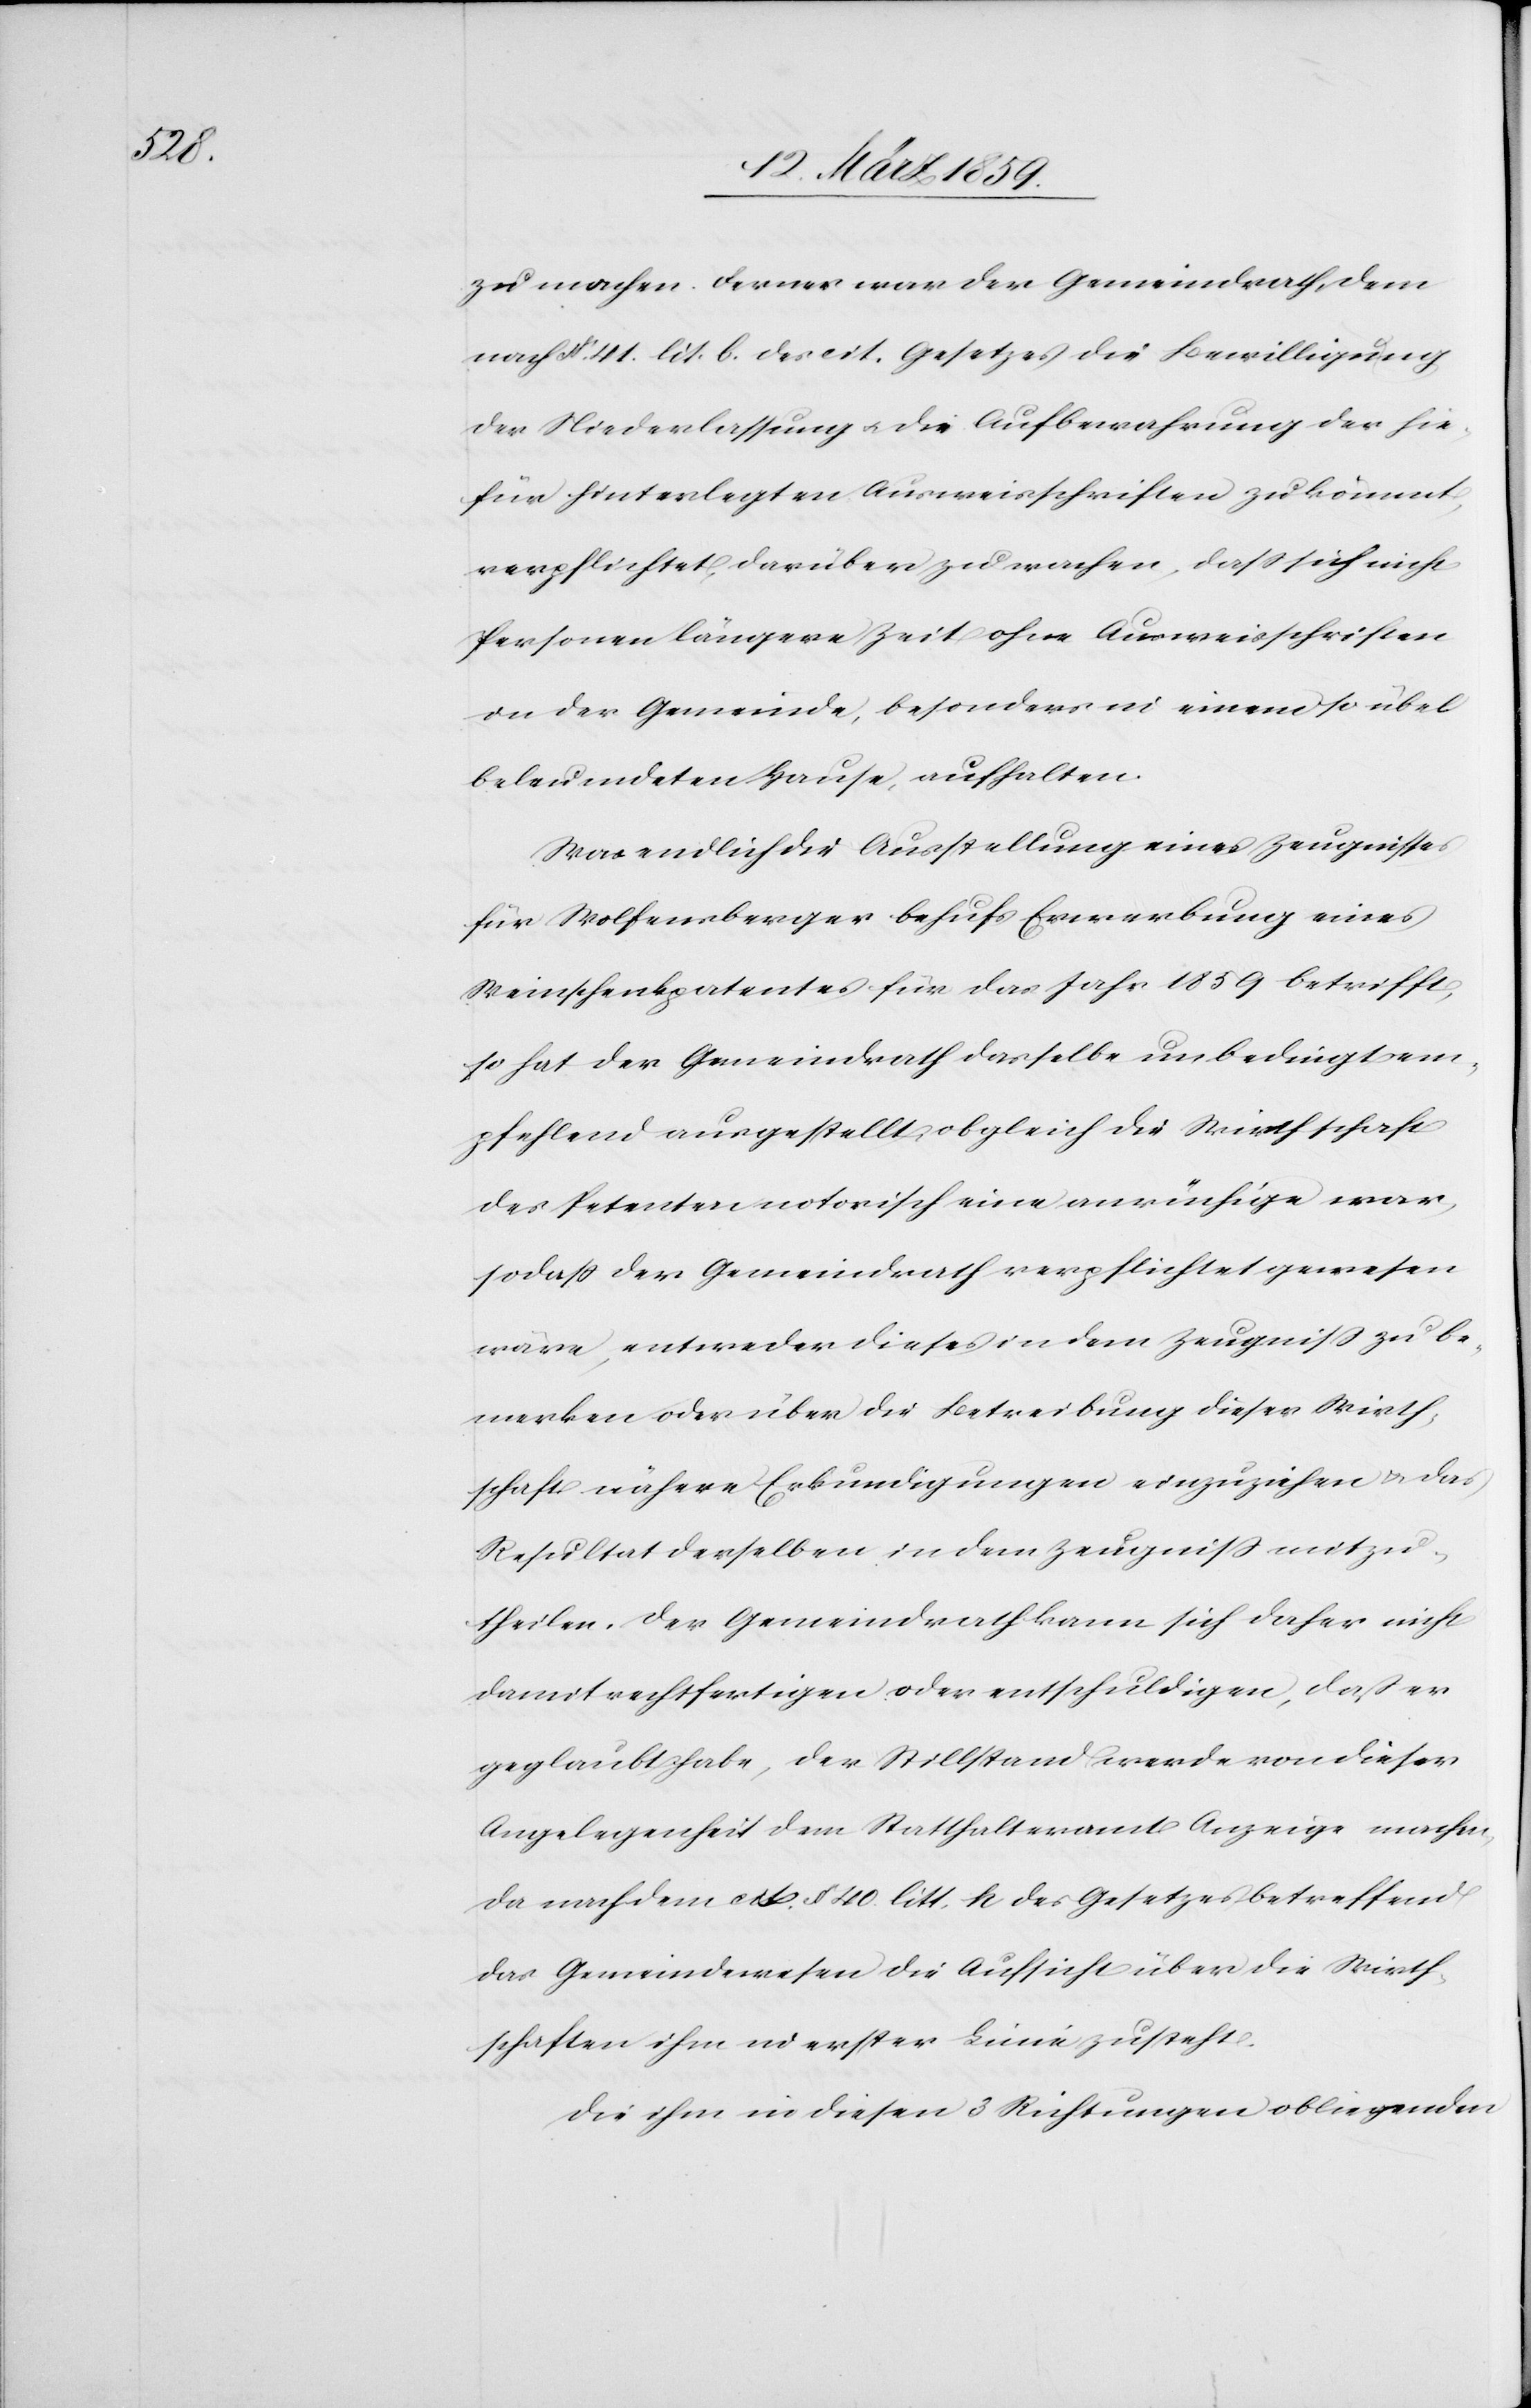
zu machen. Ferner war der Gemeindrath, dem
nach § 41. lit. b. des cit. Gesetzes die Bewilligung
der Niederlassung u. die Aufbewahrung der hie¬
für hinterlegten Ausweisschriften zukömmt,
verpflichtet, darüber zu wachen, daß sich nicht
Personen längere Zeit ohne Ausweisschriften
in der Gemeinde, besonders in einem so übel
beleumdeten Hause, aufhalten.
Was endlich die Ausstellung eines Zeugnisses
für Wolfensberger behufs Erwerbung eines
Weinschenkpatentes für das Jahr 1859 betrifft,
so hat der Gemeindrath dasselbe unbedingt em¬
pfehlend ausgestellt, obgleich die Wirthschaft
des Petenten notorisch eine anrüchige war,
sodaß der Gemeindrath verpflichtet gewesen
wäre, entweder dieses in dem Zeugniß zu be¬
merken oder über die Betreibung dieser Wirth¬
schaft nähere Erkundigungen einzuziehen u das
Resultat derselben in dem Zeugniß mitzu¬
theilen. Der Gemeindrath kann sich daher nicht
damit rechtfertigen oder entschuldigen, daß er
geglaubt habe, der Stillstand werde von dieser
Angelegenheit dem Statthalteramt Anzeige machen,
da nach dem cit. § 40. litt. h des Gesetzes betreffend
das Gemeindewesen die Aufsicht über die Wirth¬
schaften ihm in erster Linie zusteht.
Die ihm in diesen 3 Richtungen obliegenden